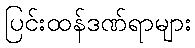
ပြင်းထန်ဒဏ်ရာများ